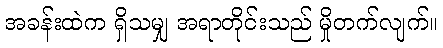
အခန်းထဲက ရှိသမျှ အရာတိုင်းသည် မှိုတက်လျက်။